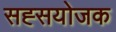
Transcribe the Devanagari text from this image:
सह्सयोजक